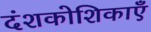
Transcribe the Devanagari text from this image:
दंशकोशिकाएँ